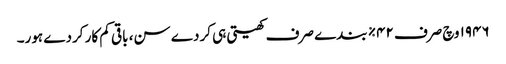
١٩٤٦ وچ صرف ٤٢% بندے صرف کھیتی ہی کردے سن، باقی کم کار کردے ہور۔